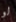
لو